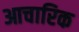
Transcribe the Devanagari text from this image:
आचारिक